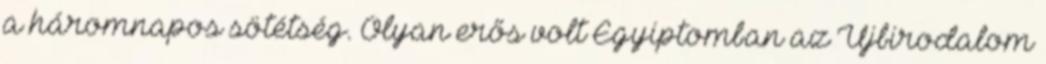
a háromnapos sötétség. Olyan erős volt Egyiptomban az Újbirodalom